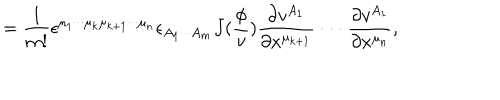
LaTeX: = \frac 1 { m ! } \epsilon ^ { \mu _ { 1 } \cdot \cdot \cdot \mu _ { k } \mu _ { k + 1 } \cdot \cdot \cdot \mu _ { n } } \epsilon _ { A _ { 1 } \cdot \cdot \cdot A _ { m } } J ( \frac \phi v ) \frac { \partial v ^ { A _ { 1 } } } { \partial x ^ { \mu _ { k + 1 } } } \cdot \cdot \cdot \frac { \partial v ^ { A _ { 1 } } } { \partial x ^ { \mu _ { n } } } ,